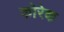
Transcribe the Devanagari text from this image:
कोरेक